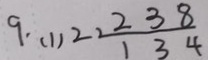
9 . ( 1 ) 2 2 \frac { 1 2 3 8 } { 1 3 4 }